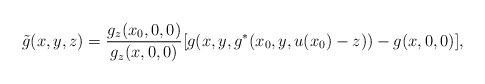
LaTeX: \begin{align*} \tilde{g}(x,y,z) &= \frac{g_z(x_0,0,0)}{g_z(x,0,0)}[g(x,y,g^*(x_0,y,u(x_0)-z)) - g(x,0,0)], \end{align*}